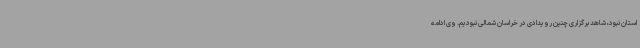
استان نبود، شاهد برگزاری چنین رویدادی در خراسان شمالی نبودیم. وی ادامه